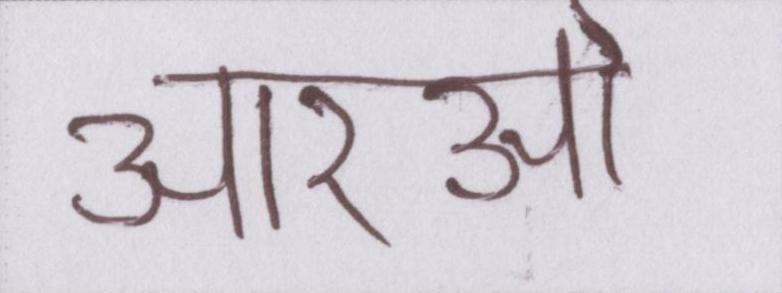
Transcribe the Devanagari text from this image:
आरओ